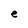
Character: e